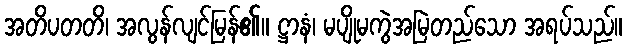
အတိပတတိ၊ အလွန်လျင်မြန်၏။ ဋ္ဌာနံ၊ မပျိုမကွဲအမြဲတည်သော အရပ်သည်။